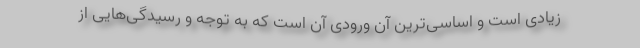
زیادی است و اساسی‌ترین آن ورودی آن است که به توجه و رسیدگی‌هایی از